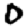
Digit: 0